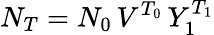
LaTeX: N_{T}=N_{0}\, V^{T_{0}}\, Y_{1}^{T_{1}}